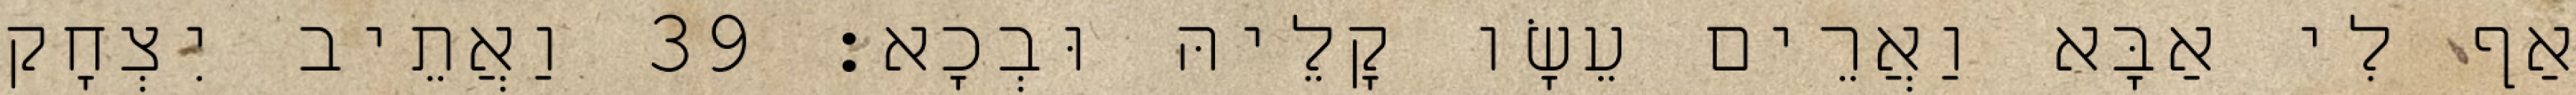
אַף לִי אַבָּא וַאֲרֵים עֵשָׂו קָלֵיהּ וּבְכָא׃ 39 וַאֲתֵיב יִצְחָק